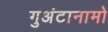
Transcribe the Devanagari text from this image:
गुअंटानामो